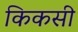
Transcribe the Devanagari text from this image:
किकसी